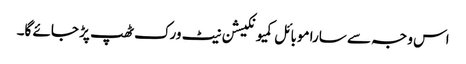
اس وجہ سے سارا موبائل کمیونکیشن نیٹ ورک ٹھپ پڑ جائے گا۔